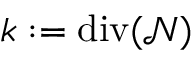
k : = \mathrm { d i v } ( \mathcal { N } )